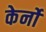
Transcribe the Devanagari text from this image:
केर्नो